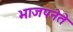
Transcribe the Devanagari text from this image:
भाजपनेते